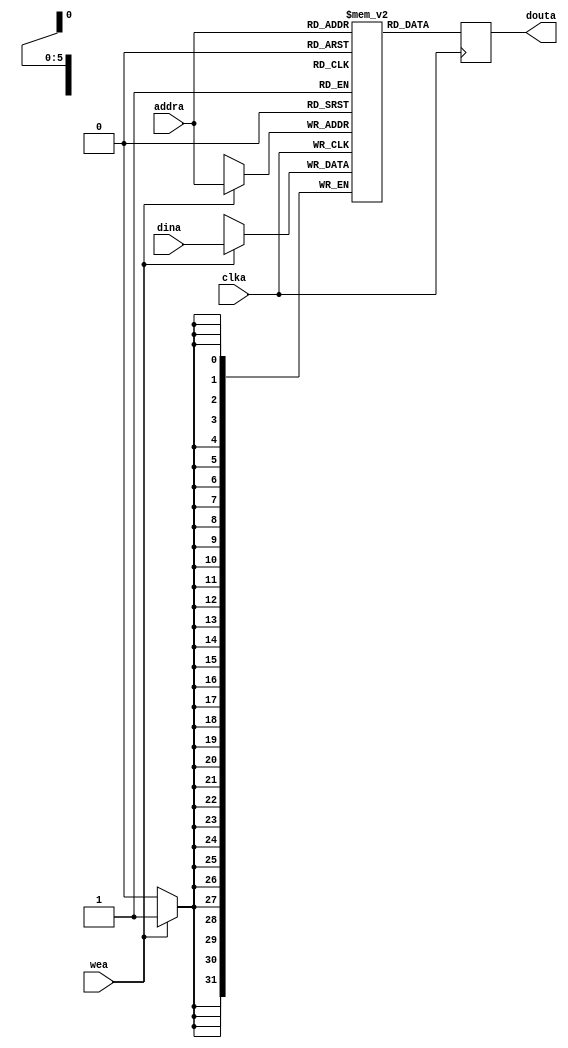
module dataram(clka, wea, addra, dina, douta);

  input clka, wea;
  input [5:0] addra;
  input [31:0] dina;
  output reg [31:0] douta;

  reg [31:0] memory [0:63];

  always @(posedge clka) begin
    douta <= memory[addra];
    if (wea)
      memory[addra] <= dina;
  end

endmodule